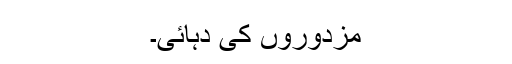
مزدوروں کی دہائی۔